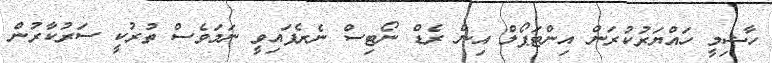
ހާޝިމީ ހައްޔަރުކުރަން އިންޓަޕޯލް އިން ރެޑް ނޯޓިސް ނެރެފައިވީ ނަމަވެސް ތުރުކީ ސަރުކާރުން